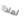
لماذا